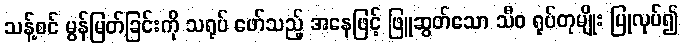
သန့်စင် မွန်မြတ်ခြင်းကို သရုပ် ဖော်သည့် အနေဖြင့် ဖြူဆွတ်သော သီဝ ရုပ်တုမျိုး ပြုလုပ်၍